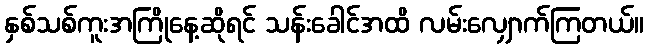
နှစ်သစ်ကူးအကြိုနေ့ဆိုရင် သန်းခေါင်အထိ လမ်းလျှောက်ကြတယ်။